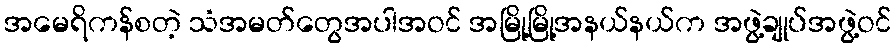
အမေရိကန်စတဲ့ သံအမတ်တွေအပါအဝင် အမြို့မြို့အနယ်နယ်က အဖွဲ့ချုပ်အဖွဲ့ဝင်